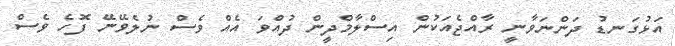
އަޅުގަނޑު ދަންނަވާނީ ރާއްޖެއަކުން އިސްލާމްދީން ދުއްވަ އެއް ވެސް ނުލެވޭނޭ ފޮހެ ވެސް